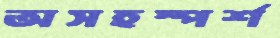
অসহস্পর্শ